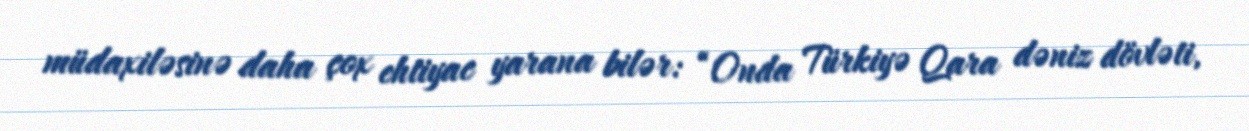
müdaxiləsinə daha çox ehtiyac yarana bilər: “Onda Türkiyə Qara dəniz dövləti,